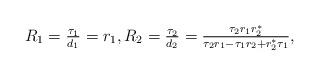
LaTeX: \begin{align*} R_1=\tfrac{\tau_1}{d_1}=r_1,R_2=\tfrac{\tau_2}{d_2}=\tfrac{\tau_2r_1r_2^*}{\tau_2r_1-\tau_1r_2+r_2^*\tau_1},\end{align*}